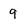
Character: 9